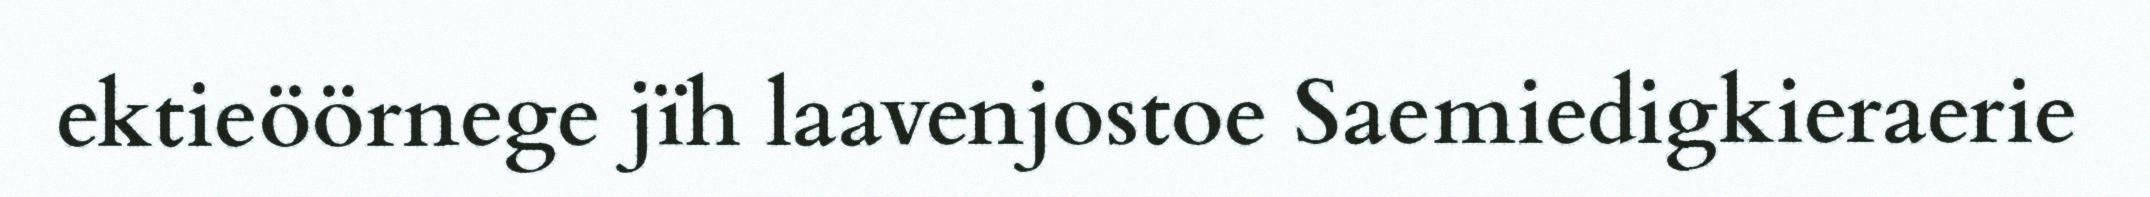
ektieöörnege jïh laavenjostoe Saemiedigkieraerie